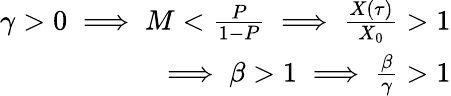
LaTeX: \begin{array}{r}{\gamma>0\implies M<\frac{P}{1-P}\implies\frac{X(\tau)}{X_{0}}>1}\\ {\implies\beta>1\implies\frac{\beta}{\gamma}>1}\end{array}